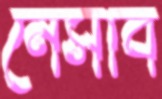
নেসাব